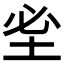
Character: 𡊭